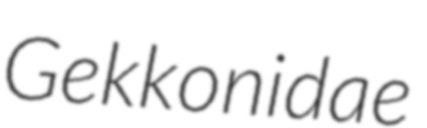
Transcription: Gekkonidae